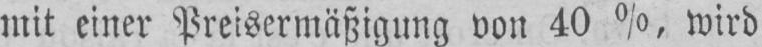
mit einer Preisermäßigung von 40%, wird